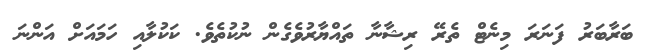
ބަރާބަރު ފަނަރަ މިނެޓް ތެރޭ ރިޝާނާ ތައްޔާރުވެގެން ނުކުތެވެ. ކަކުލާއި ހަމައަށް އަންނަ